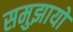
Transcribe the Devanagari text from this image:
समुझायो